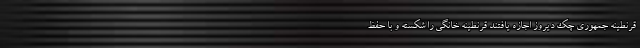
قرنطینه جمهوری چک دیروز اجازه یافتند قرنطینه خانگی را شکسته و با حفظ